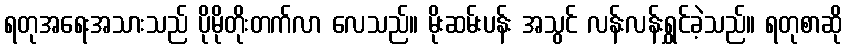
ရတုအရေးအသားသည် ပိုမိုတိုးတက်လာ လေသည်။ မိုးဆမ်းပန်း အသွင် လန်းလန်းရွှင်ခဲ့သည်။ ရတုစာဆို